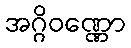
အဂ္ဂိဝဏ္ဏော